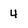
Character: 4